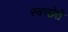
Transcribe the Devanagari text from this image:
स्वच्छेते